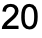
20